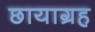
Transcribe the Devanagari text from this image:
छायाग्रह